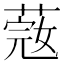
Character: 𦶲